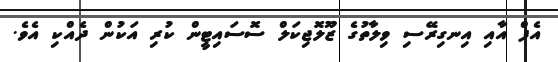
އެފް އާއި އިނގިރޭސި ވިލާތުގެ ޒޫލޮޖިކަލް ސޮސައިޓީން ކުރި އަކުން ދެއްކި އެވެ.